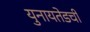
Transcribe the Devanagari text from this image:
युनायतेडची